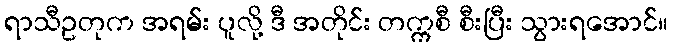
ရာသီဥတုက အရမ်း ပူလို့ ဒီ အတိုင်း တက္ကစီ စီးပြီး သွားရအောင်။